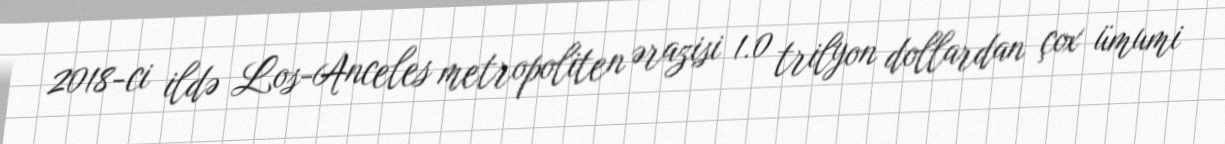
2018-ci ildə Los-Anceles metropoliten ərazisi 1.0 trilyon dollardan çox ümumi